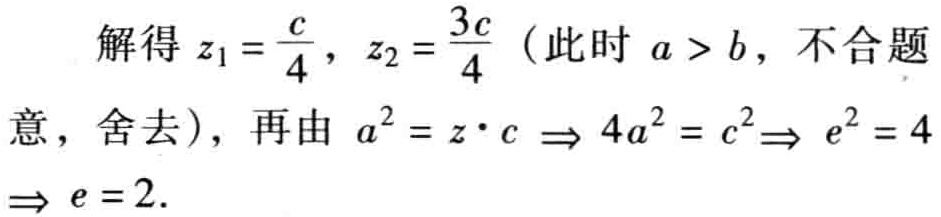
解得 \(z_1 = \frac{c}{4}\)，\(z_2 = \frac{3c}{4}\)（此时 \(a > b\)，不合题意，舍去），再由 \(a^2 = z\cdot c \Rightarrow 4a^2 = c^2\Rightarrow e^2 = 4\Rightarrow e = 2\).